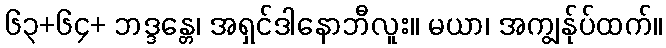
၆၃+၆၄+ ဘဒ္ဒန္တေ၊ အရှင်ဒါနောဘီလူး။ မယာ၊ အကျွန်ုပ်ထက်။